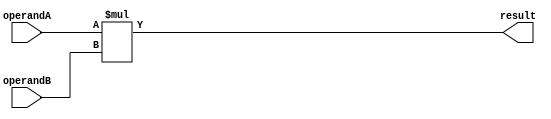
module signed_multiplier (
    input signed [31:0] operandA,
    input signed [31:0] operandB,
    output reg signed [63:0] result
);

always @(*)
begin
    result = operandA * operandB;
end

endmodule